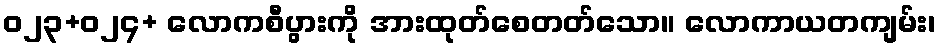
ဝ၂၃+ဝ၂၄+ လောကစီပွားကို အားထုတ်စေတတ်သော။ လောကာယတကျမ်း၊